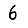
Digit: 6